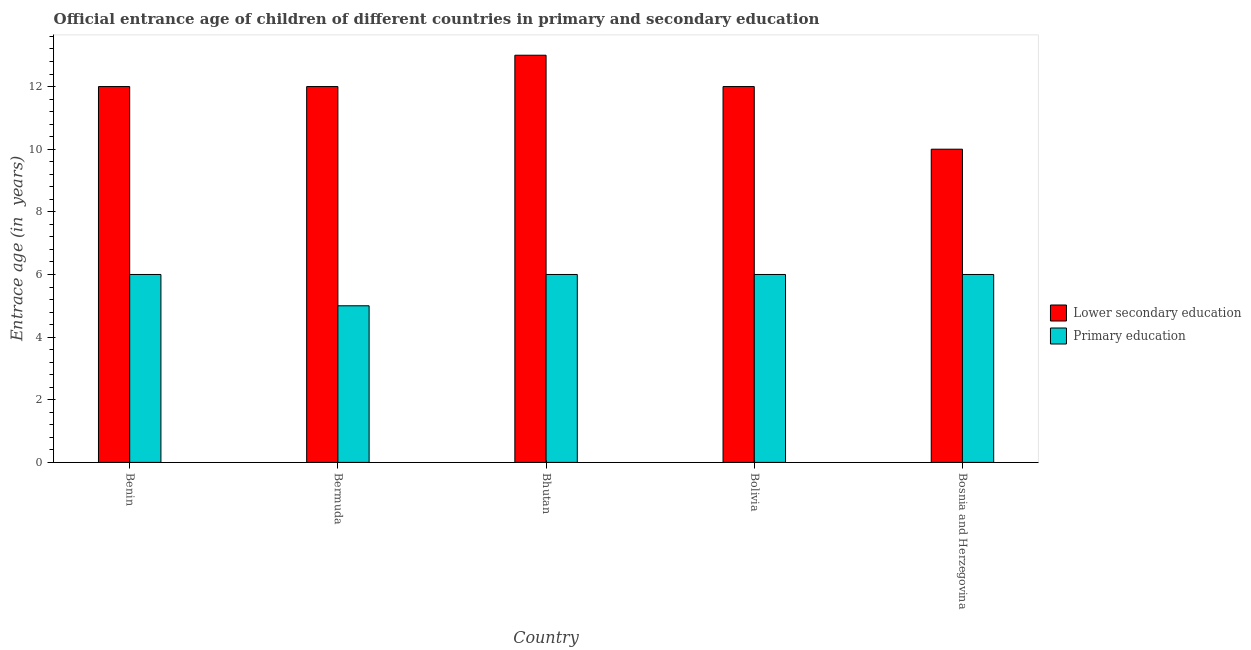
| Country | Lower secondary education | Primary education |
 | --- | --- | --- |
 | Benin | 12 | 6 |
 | Bermuda | 12 | 5 |
 | Bhutan | 13 | 6 |
 | Bolivia | 12 | 6 |
 | Bosnia and Herzegovina | 10 | 6 |